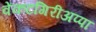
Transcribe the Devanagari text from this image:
वेंकटगिरीअप्पा